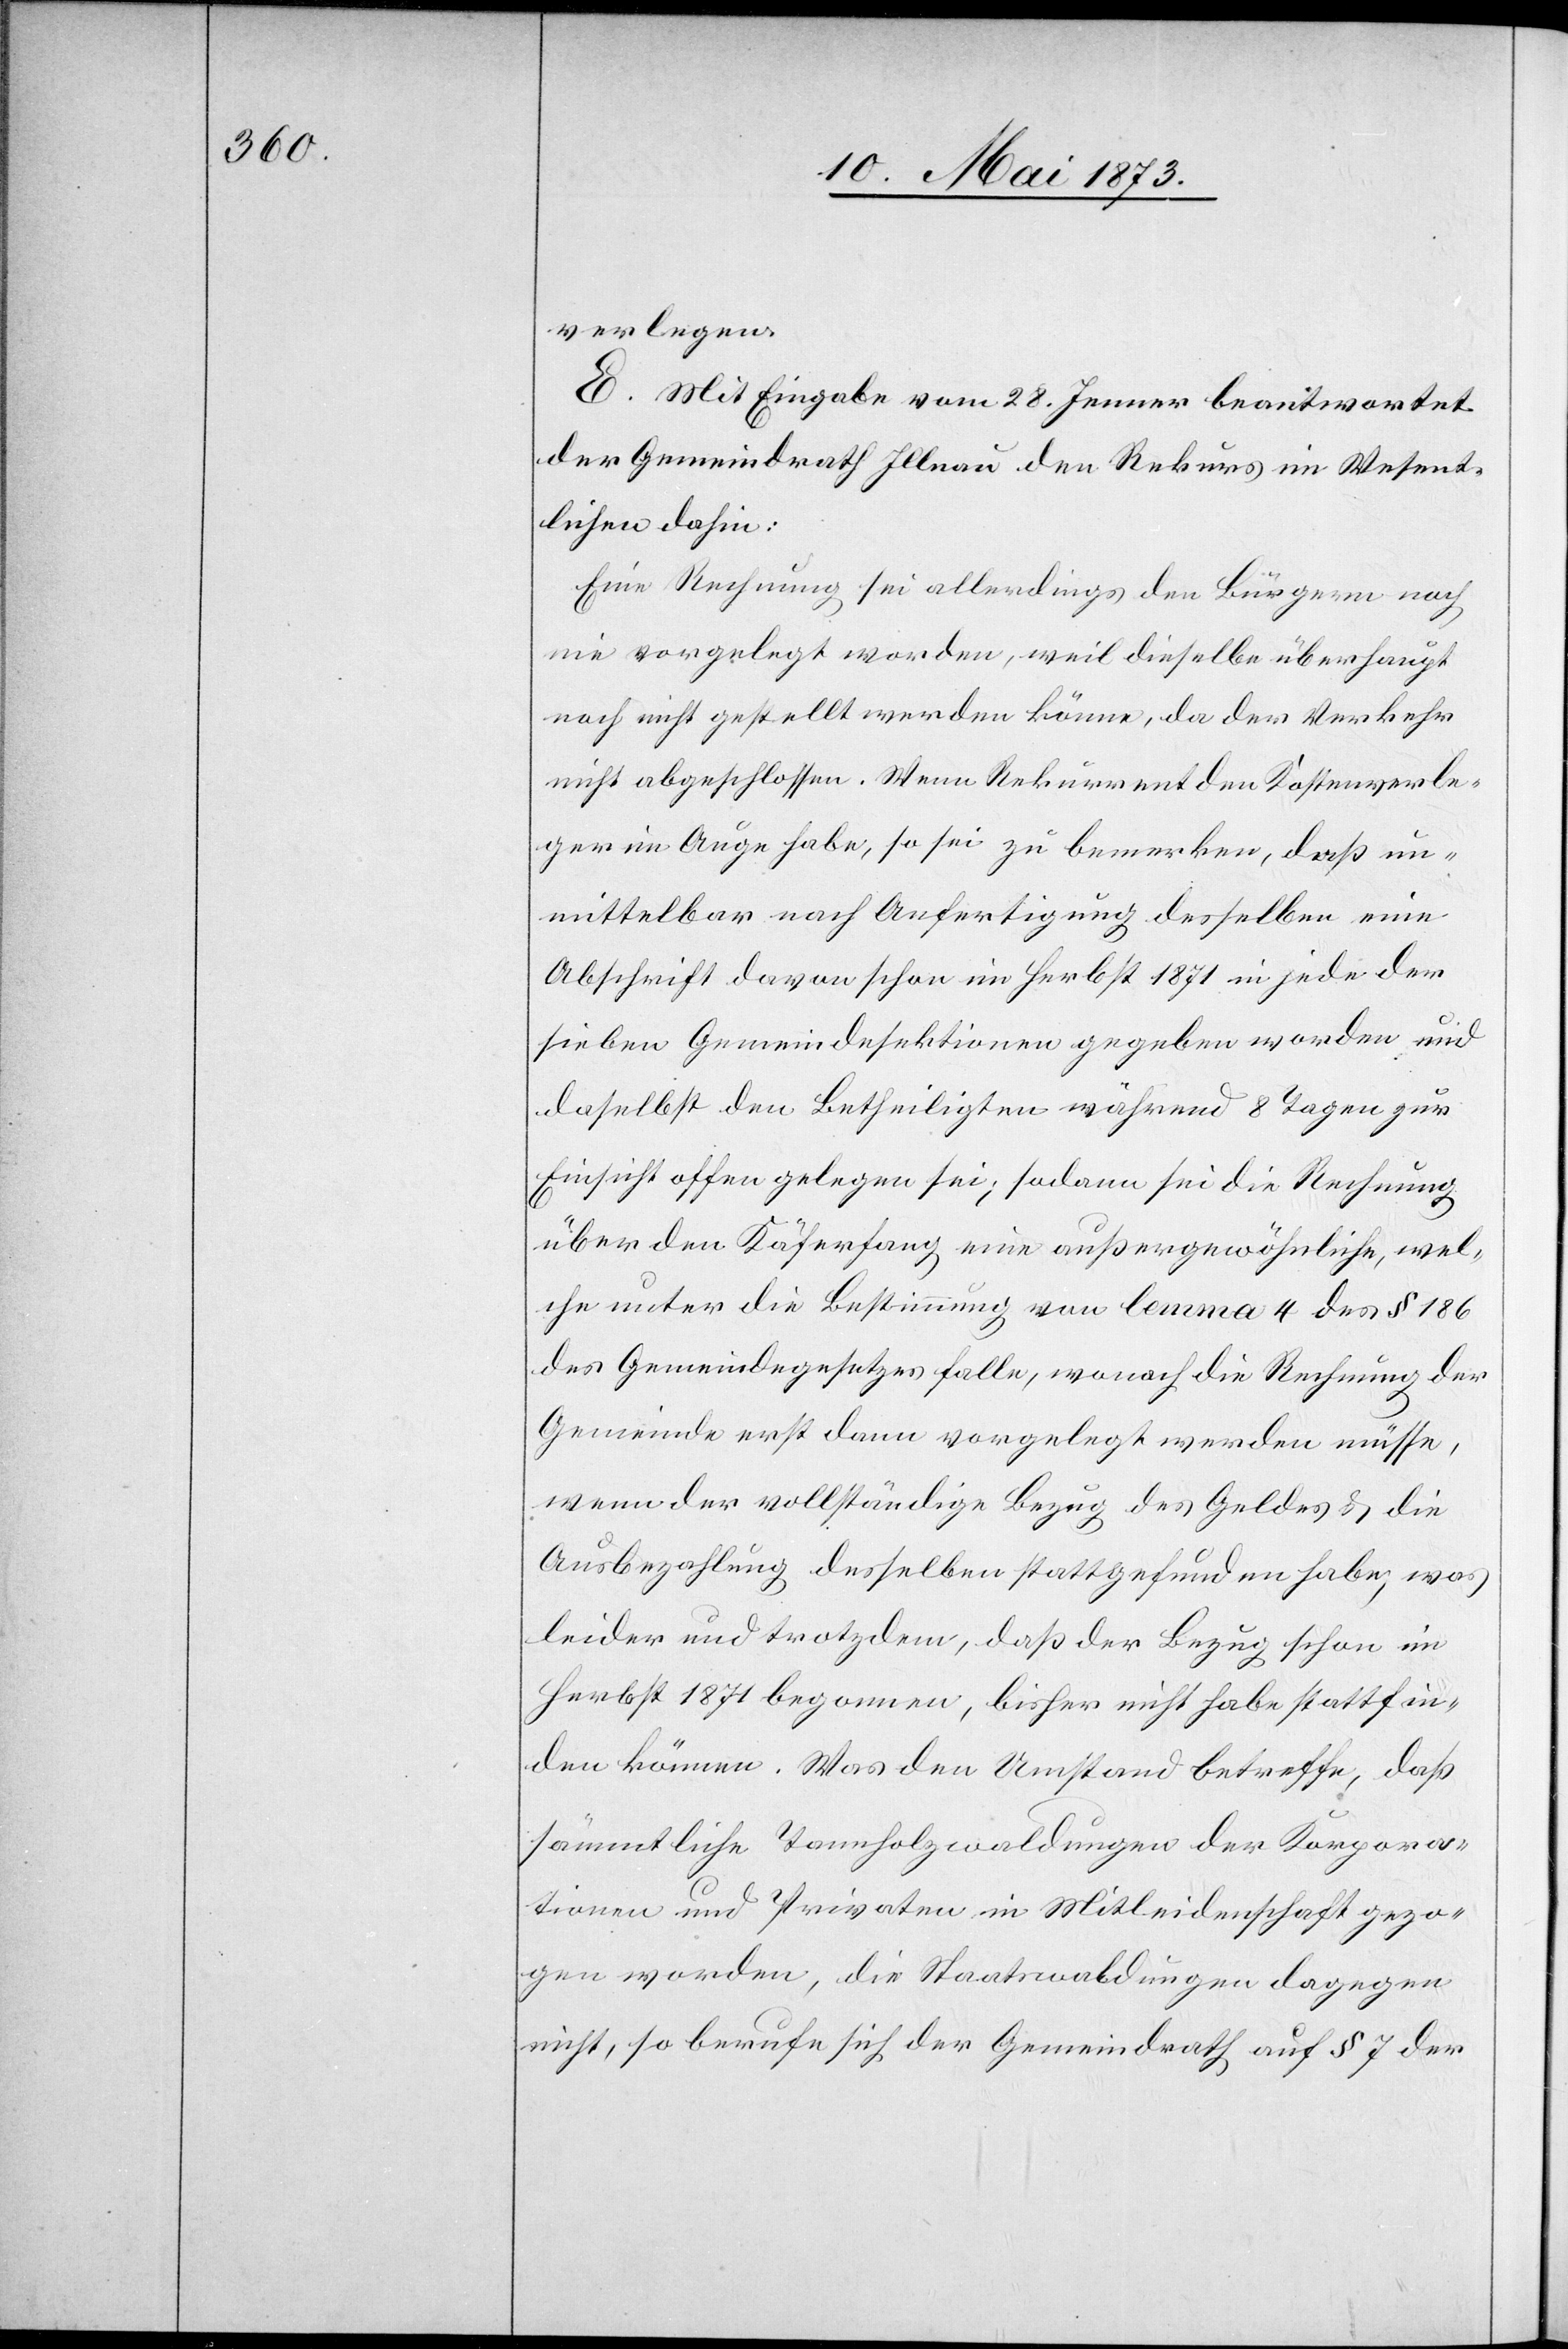
verlegen.
E. Mit Eingabe vom 28. Jenner beantwortet
der Gemeindrath Illnau den Rekurs im Wesent¬
lichen dahin:
Eine Rechnung sei allerdings den Bürgern noch
nie vorgelegt worden, weil dieselbe überhaupt
noch nicht gestellt werden könne, da der Verkehr
nicht abgeschlossen. Wenn Rekurrent den Kostenverle¬
ger im Auge habe, so sei zu bemerken, daß un¬
mittelbar nach Anfertigung desselben eine
Abschrift davon schon im Herbst 1871 in jede der
sieben Gemeindesektionen gegeben worden und
daselbst den Betheiligten während 8 Tagen zur
Einsicht offen gelegen sei; sodann sei die Rechnung
über den Käferfang eine außergewöhnliche, wel¬
che unter die Bestimmung von lemma 4 des § 186
des Gemeindegesetzes falle, wonach die Rechnung der
Gemeinde erst dann vorgelegt werden müsse,
wenn der vollständige Bezug des Geldes & die
Ausbezahlung desselben stattgefunden habe, was
leider und trotzdem, daß der Bezug schon im
Herbst 1871 begonnen, bisher nicht habe stattfin¬
den können. Was den Umstand betreffe, daß
sämmtliche Tannholzwaldungen der Korpora¬
tionen und Privaten in Mitleidenschaft gezo¬
gen worden, die Staatswaldungen dagegen
nicht, so berufe sich der Gemeindrath auf § 7 der